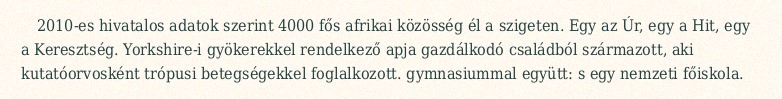
2010-es hivatalos adatok szerint 4000 fős afrikai közösség él a szigeten. Egy az Úr, egy a Hit, egy a Keresztség. Yorkshire-i gyökerekkel rendelkező apja gazdálkodó családból származott, aki kutatóorvosként trópusi betegségekkel foglalkozott. gymnasiummal együtt: s egy nemzeti főiskola.